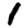
Digit: 1